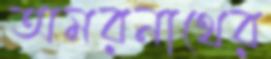
অমরনাথের